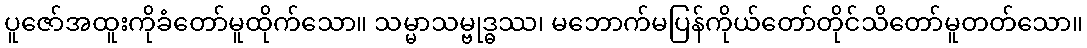
ပူဇော်အထူးကိုခံတော်မူထိုက်သော။ သမ္မာသမ္ဗုဒ္ဓဿ၊ မဘောက်မပြန်ကိုယ်တော်တိုင်သိတော်မူတတ်သော။